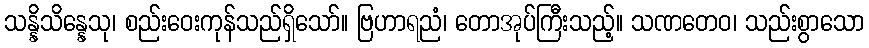
သန္နိသိန္နေသု၊ စည်းဝေးကုန်သည်ရှိသော်။ ဗြဟာရညံ၊ တောအုပ်ကြီးသည့်။ သဏတေဝ၊ သည်းစွာသော